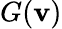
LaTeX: G(\mathbf{v})